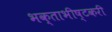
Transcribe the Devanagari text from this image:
भक्ताभीष्टकरी